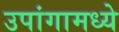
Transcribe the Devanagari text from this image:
उपांगामध्ये